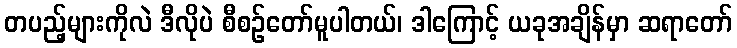
တပည့်များကိုလဲ ဒီလိုပဲ စီစဉ်တော်မူပါတယ်၊ ဒါကြောင့် ယခုအချိန်မှာ ဆရာတော်